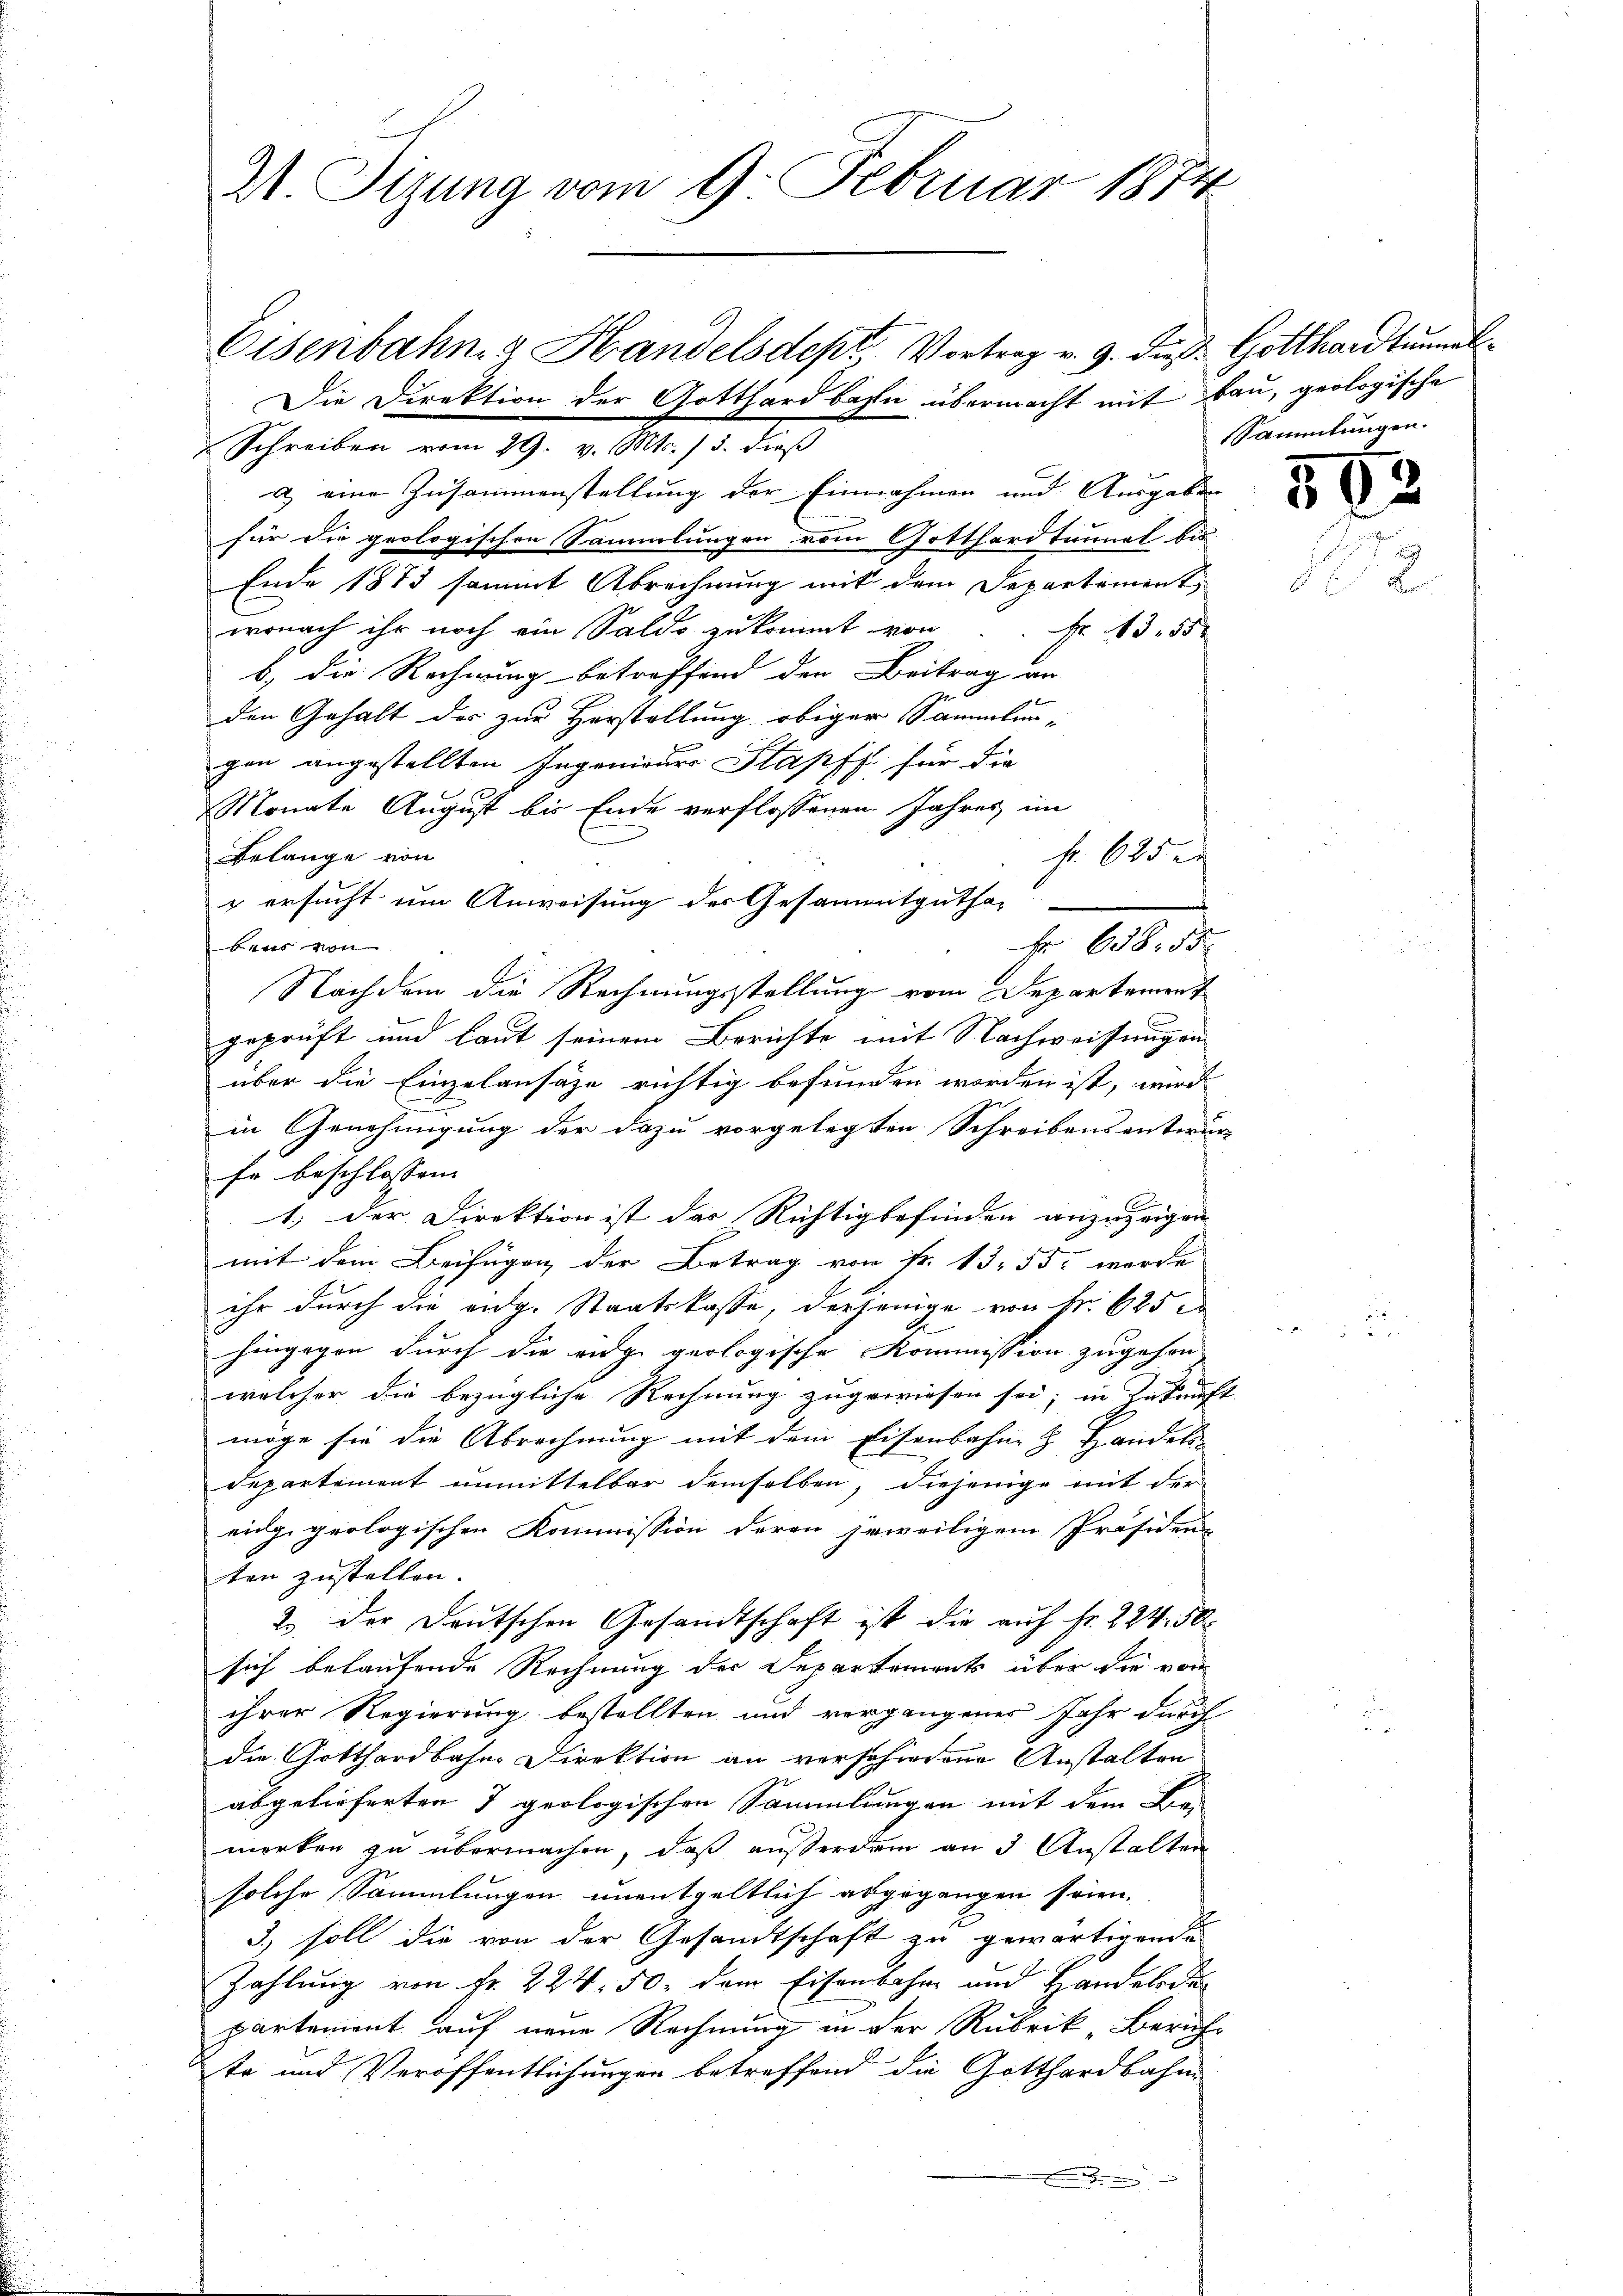
½ Sizung vom 9. Februar 1874.

Eisenbahn & Handelsdept, Vortrag v. 9. die Gotthardtunal
Die Direktion der Gotthardbahn übermacht mit bau, geologische

Schreiben vom 29. v. Mts. / 5. dieß
a) eine Zusammenstellung der Einnahmen und Ausgaben
für die geologischen Sammlungen vom Gotthardtunnel bis
Ende 1873 sammt Abrechnung mit dem Departement
wonach ihr noch ein Saldo zukommt von
Fr. 13. 552
b) die Rechnung betreffend den Beitrag an
den Gehalt der zur Herstellung obiger Sammlun-
gen angestellten Ingenieur Stapfs für die
Monate August bis Ende verflossenen Jahres im
Belange von
 ersucht um Anweisung der Gesammtgutha-
Bers von
Nachdem die Rechnungsstellung vom Departement
geprüft und laut seinem Berichte mit Nachweisungen
über die Einzulansähe richtig befunden worden ist, wird
in Genehmigung der dazu vorgelegten Schreibens entwur
fr beschlossen. |
1., der Direktion ist das Richtigbefinden anzuzeigen
mit dem Beifügen der Betrag von Fr. 13. 55 wurde
ihr durch die eidg. Staatskasse, derjenige von Nr. 625 c
hingegen durch die eige geologische Kommission zugehen
welcher die bezügliche Rechnung zugewiesen sei; in Zukunft
möge sie die Abrechnung mit dem Eisenbahne & Handels-
Departement unmittelbar demselben, diejenige mit der
eig geologischen Kommission deren jeweiligem Präsiden-
ten zustellen.
2. der Deutschen Gesandtschaft ist die auf Fr. 224. 50.
sich belaufende Rechnung der Departements über die von
ihrer Regierung bestellten und vergangenes Jahr durch
die Gotthardbahne Direktion an verschiedene Anstalten
abgelieferten 7 geologischen Sammlungen mit dem Be-
merken zu übermachen, daß außerdem an 3 Anstalten
solche Sammlungen unentgeltlich abgegangen seien.
3.) soll die von der Gesandtschaft zu gewärtigende
Zahlung von fr. 224. 50, dem Eisenbahn und Handels dur
partement auf neue Rechnung in der Rubrik Zürichte und Veröffentlichungen betreffend die Gotthardbahn

f. 625.
Fr. 658. 55

Sammlungen.

5